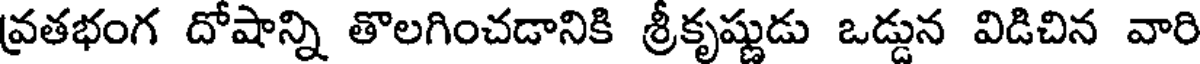
వ్రతభంగ దోషాన్ని తొలగించడానికి శ్రీకృష్ణుడు ఒడ్డున విడిచిన వారి